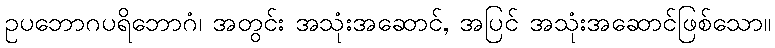
ဥပဘောဂပရိဘောဂံ၊ အတွင်း အသုံးအဆောင်, အပြင် အသုံးအဆောင်ဖြစ်သော။